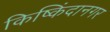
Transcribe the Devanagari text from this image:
किष्किंदानगर